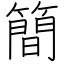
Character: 簡